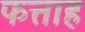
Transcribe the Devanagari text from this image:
फत्ताह